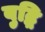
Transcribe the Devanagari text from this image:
बुद्धि